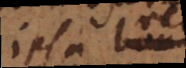
ipsa